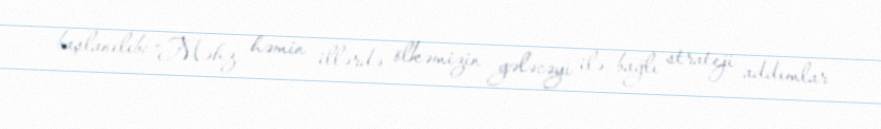
başlanılıb: “Məhz həmin illərdə ölkəmizin gələcəyi ilə bağlı strateji addımlar